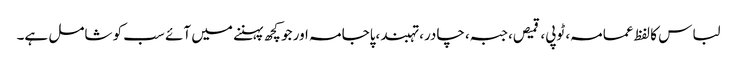
لباس کا لفظ عمامہ، ٹوپی، قمیص، جبہ، چادر، تہبند،پاجامہ اور جو کچھ پہننے میں آئے سب کو شامل ہے۔